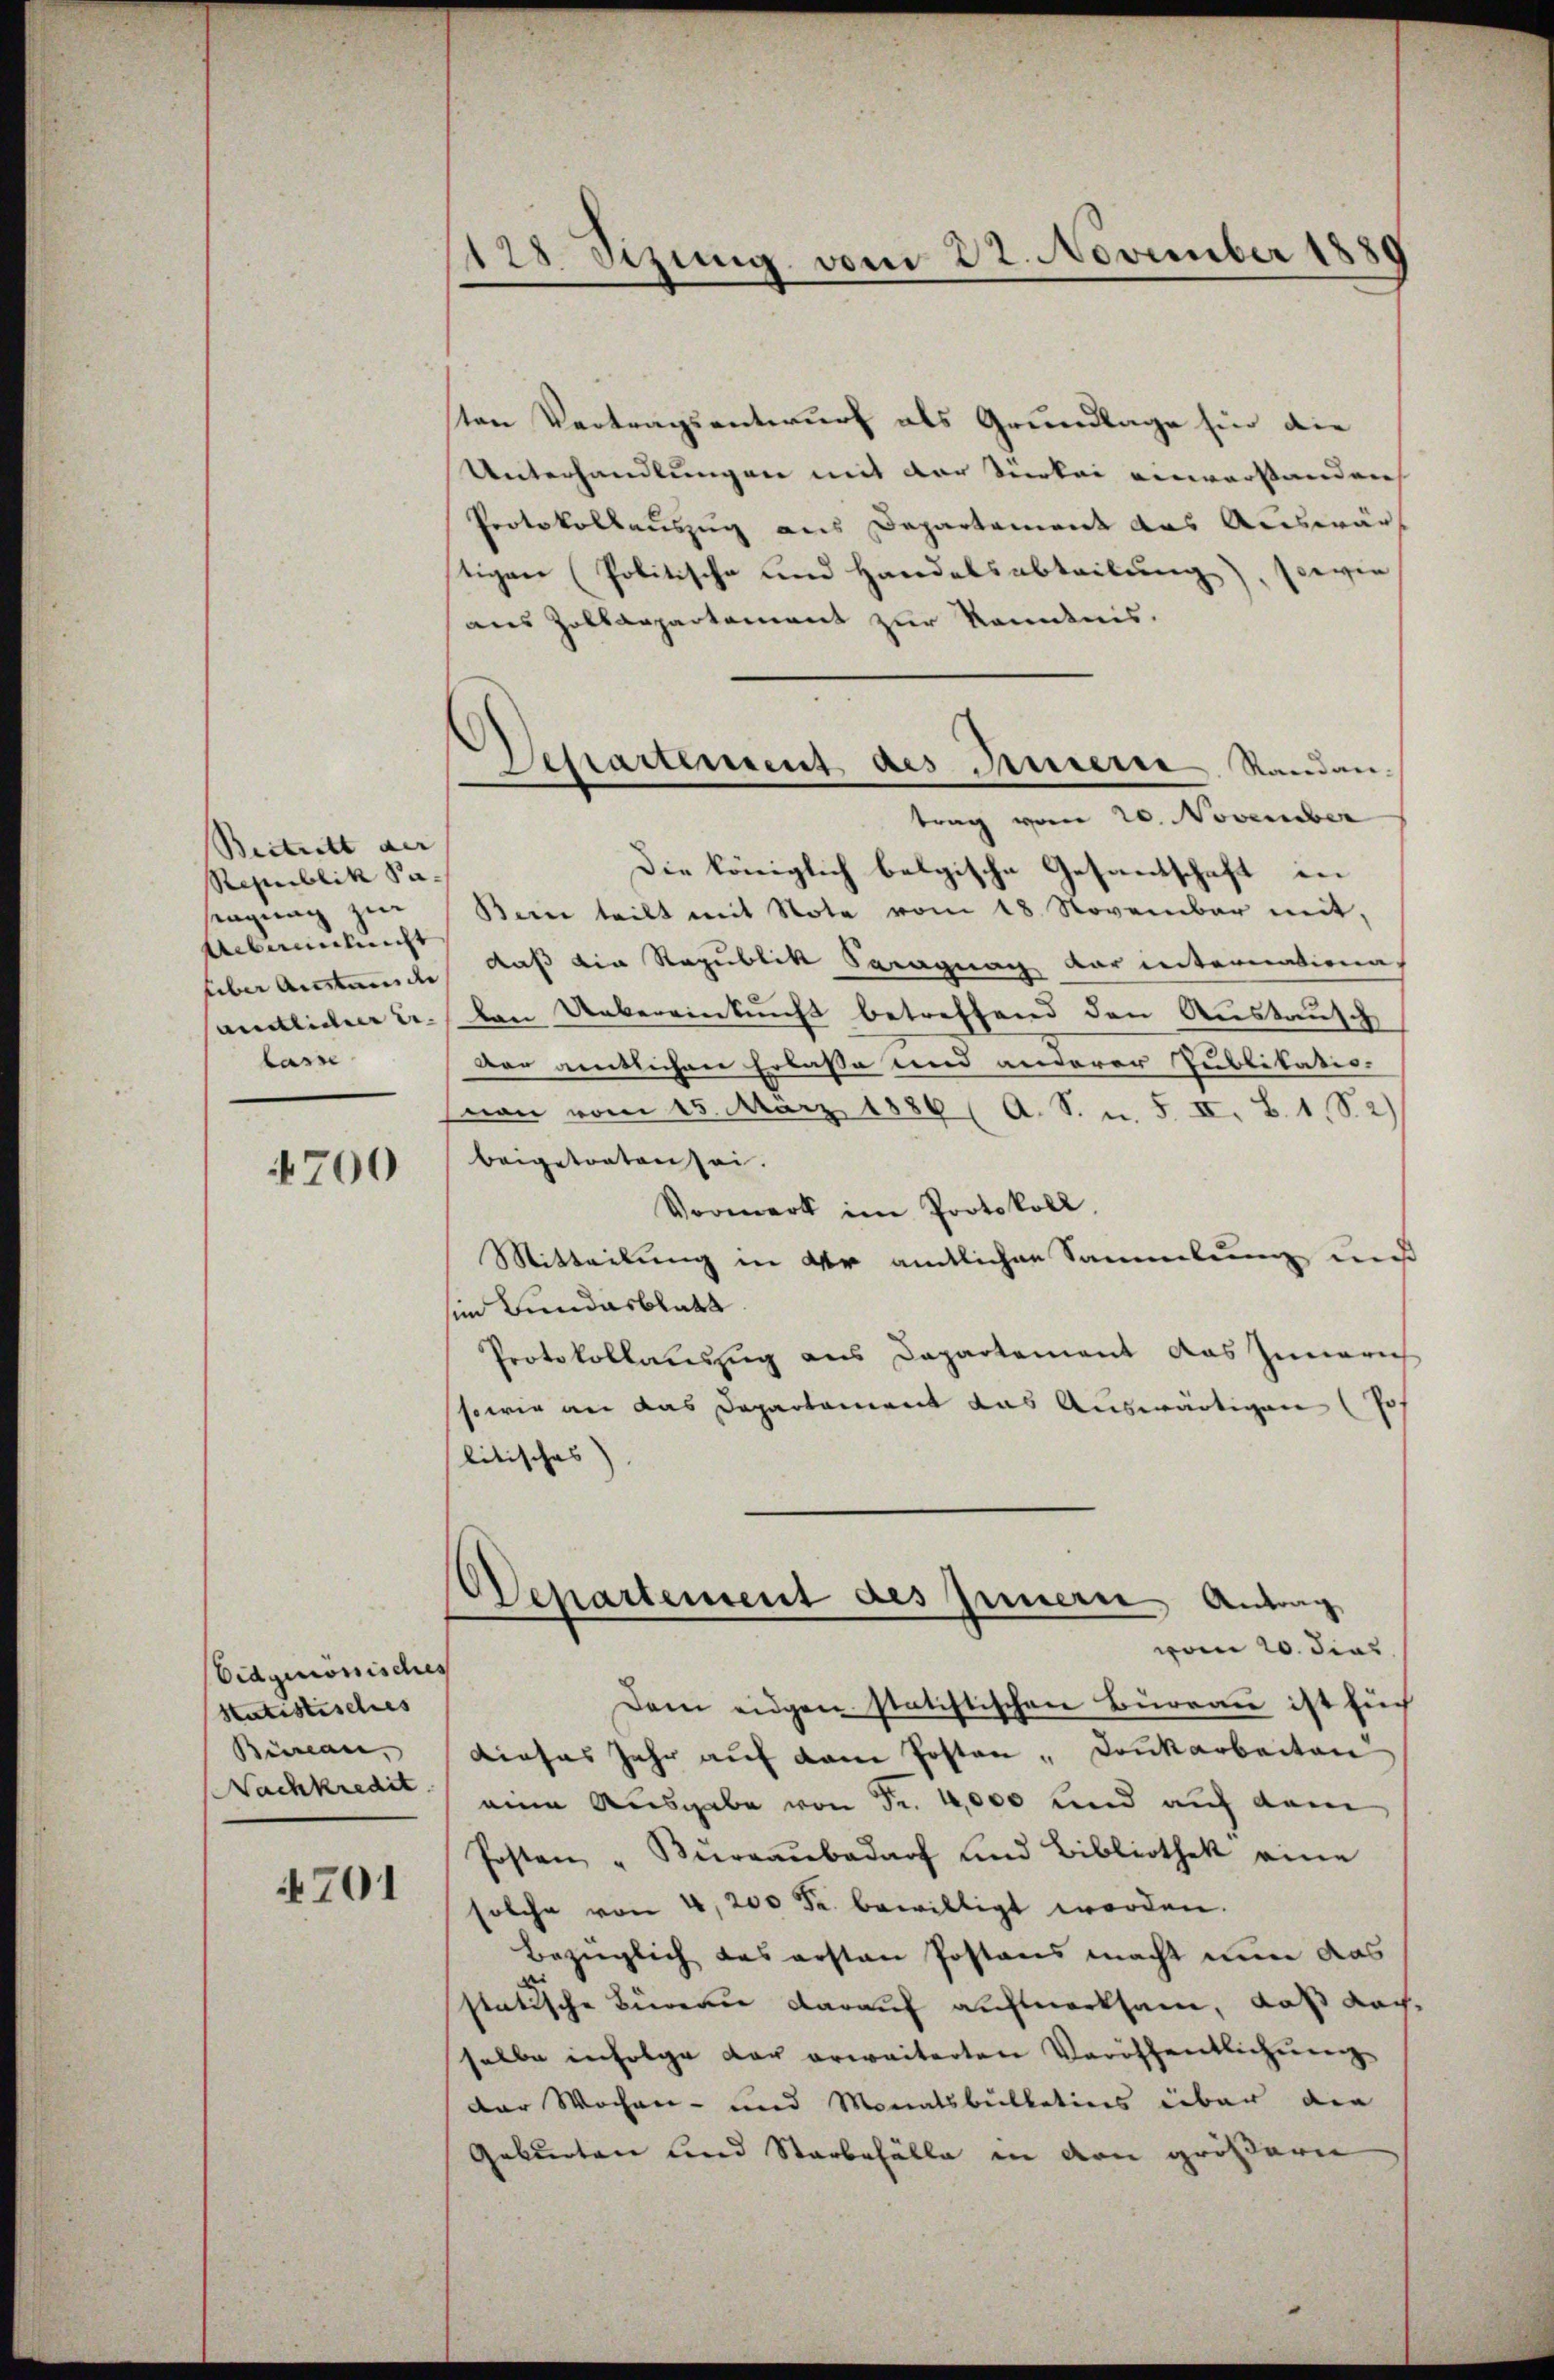
Beitritt der |
Republik Sasengung zur
Ubainlicht
über Anstande
amtlichen Relasse

4700

Eidgenomisches
Statistisches
Büreau,
Nachkredit

4701

128 Sezung vom 22. November 1880

Sesartement des Innern Standan-
trag vom 20. November

sten Vertragsentwurf als Grundlage sie die
Unterhandlungen mit der Türkei verwarstanden
Protokollauszug aus Departement das Auswär
tigen (Politische und Handelsabtretung), sowie
aus Zollarpartement zur Kenntnis.
Die königlich belgische Gesantschaft in
Bein teilt mit Note vom 18. November mit,
daß die Republik Saragung dar unternationa
len Uebereinkunft betreffend den Austausch
Der amtlichen Erlasse und anderer Publikatio-
non vom 15. März 1889 (A. S. n. 5. II. B. 1, S. 2)
beigetreten sei.
Vormerk im Protokoll.
Mitteilung in der amtlichen Sammlung miß
sein Bundesblatt
Protokollauszug aus Departement das Innerich
sowie an das Departement das Auswärtigen (Po
litisches)
Departement des Innern, Antrag
vom 20. dies
Dem eidgen statistischen Bureau ist Euch
dieses Jahr auf dem Posten - Dankarbeiten
eine Ausgabe von Fr. 4,000 und auf dem
Posten " Kŭrraŭbedarf und Bibliothek eine
solche von 4,200 Fr. bewilligt worden.
Bezüglich das ersten Postens macht nun das
statische Büreau darauf aufmerksam, daß dach
selbe infolge der erweiterten Veröffentlichung
der Wochen- und Monatsbullations über die
Geburten und Starbefälle in den größeren